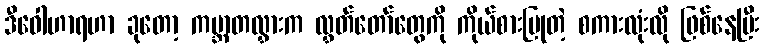
ဒီဝေါဟာရဟာ ခုတော့ ကမ္ဘာတလွှားက လွှတ်တော်တွေကို ကိုယ်စားပြုတဲ့ စကားလုံးလို ဖြစ်နေပြီး